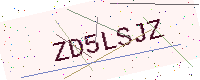
Text: ZD5LSJZ